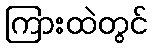
ကြားထဲတွင်